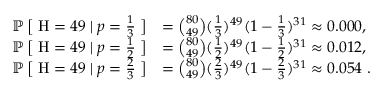
{ \begin{array} { r l } { \operatorname { \mathbb { P } } { \bigl [ } \; \mathrm { H } = 4 9 \mid p = { \frac { 1 } { 3 } } \; { \bigr ] } } & { = { \binom { 8 0 } { 4 9 } } ( { \frac { 1 } { 3 } } ) ^ { 4 9 } ( 1 - { \frac { 1 } { 3 } } ) ^ { 3 1 } \approx 0 . 0 0 0 , } \\ { \operatorname { \mathbb { P } } { \bigl [ } \; \mathrm { H } = 4 9 \mid p = { \frac { 1 } { 2 } } \; { \bigr ] } } & { = { \binom { 8 0 } { 4 9 } } ( { \frac { 1 } { 2 } } ) ^ { 4 9 } ( 1 - { \frac { 1 } { 2 } } ) ^ { 3 1 } \approx 0 . 0 1 2 , } \\ { \operatorname { \mathbb { P } } { \bigl [ } \; \mathrm { H } = 4 9 \mid p = { \frac { 2 } { 3 } } \; { \bigr ] } } & { = { \binom { 8 0 } { 4 9 } } ( { \frac { 2 } { 3 } } ) ^ { 4 9 } ( 1 - { \frac { 2 } { 3 } } ) ^ { 3 1 } \approx 0 . 0 5 4 ~ . } \end{array} }